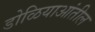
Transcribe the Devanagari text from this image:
डोळियाआंतील